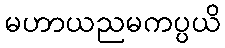
မဟာယညမကပ္ပယိ